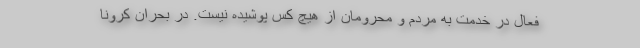
فعال در خدمت به مردم و محرومان از هیچ کس پوشیده نیست. در بحران کرونا